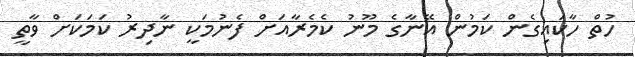
ހުތް ހާކައިގެން ކަމުން އޭނާގެ މޫނު ކެމެރާއަށް ފެނުމަކީ ނާދިރު ކަމަކަށް ވާތީ